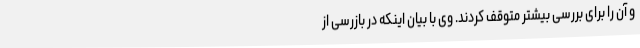
و آن را برای بررسی بیشتر متوقف کردند. وی با بیان اینکه در بازرسی از